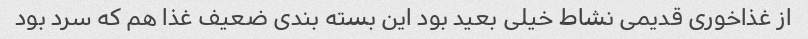
از غذاخوری قدیمی نشاط خیلی بعید بود این بسته بندی ضعیف غذا هم که سرد بود